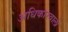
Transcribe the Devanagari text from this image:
अधिकारवाली